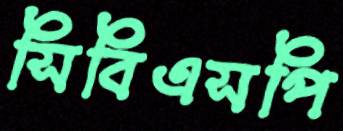
সিবিএসপি